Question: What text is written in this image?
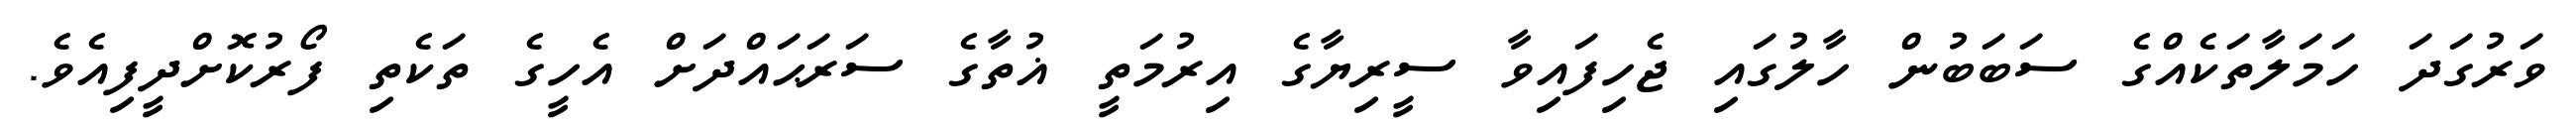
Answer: ވަރުގަދަ ހަމަލާތަކެއްގެ ސަބަބުން ހާލުގައި ޖެހިފައިވާ ސީރިޔާގެ އިރުމަތީ ޣުތާގެ ސަރަޙައްދަށް އެހީގެ ތަކެތި ފޯރުކޮށްދީފިއެވެ.